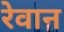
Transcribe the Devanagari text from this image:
रेवान